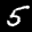
Label: 5